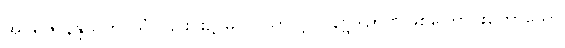
အပရိဇာနန္ဒသုတ်-သံ။ ၎င်းင်း၌ မသာယာလျှင် နိဗ္ဗိဒါဉာဏ်ဖြစ်ကြောင်းဟောသော